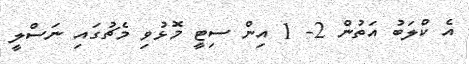
އެ ކްލަބު އަތުން 2- 1 އިން ސިޓީ މޮޅުވި މެޗުގައި ނަސްލީ